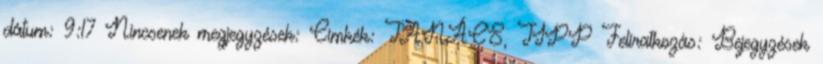
dátum: 9:17 Nincsenek megjegyzések: Címkék: TANÁCS, TIPP Feliratkozás: Bejegyzések